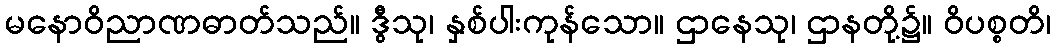
မနောဝိညာဏဓာတ်သည်။ ဒွီသု၊ နှစ်ပါးကုန်သော။ ဌာနေသု၊ ဌာနတို့၌။ ဝိပစ္စတိ၊